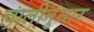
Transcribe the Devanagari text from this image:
चालीनुसार